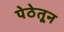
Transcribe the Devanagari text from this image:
पेठेतून